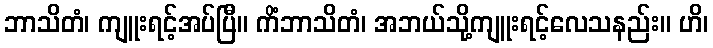
ဘာသိတံ၊ ကျူးရင့်အပ်ပြီ။ ကိံဘာသိတံ၊ အဘယ်သို့ကျူးရင့်လေသနည်း။ ဟိ၊